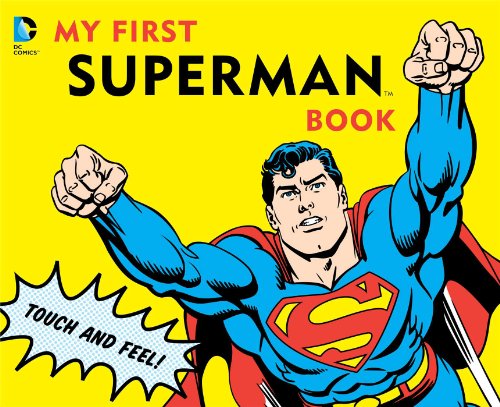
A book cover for My First Superman Book: Touch and Feel (DC Super Heroes); David Bar Katz; Children's Books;